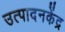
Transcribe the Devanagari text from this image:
उत्पादनकेंद्र